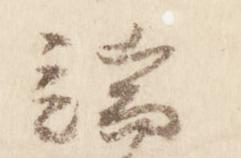
端